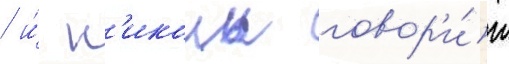
/ и́ н'иколь говор'и́т